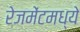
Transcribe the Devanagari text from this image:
रेजमेंटमध्ये